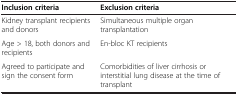
<table><thead><tr><td><b>Inclusion criteria</b></td><td><b>Exclusion criteria</b></td></tr></thead><tbody><tr><td>Kidney transplant recipients and donors</td><td>Simultaneous multiple organ transplantation</td></tr><tr><td>Age &gt; 18, both donors and recipients</td><td>En-bloc KT recipients</td></tr><tr><td>Agreed to participate and sign the consent form</td><td>Comorbidities of liver cirrhosis or interstitial lung disease at the time of transplant</td></tr></tbody></table>